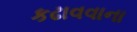
કઢાવવાના